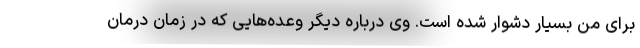
برای من بسیار دشوار شده است. وی درباره دیگر وعده‌هایی که در زمان درمان